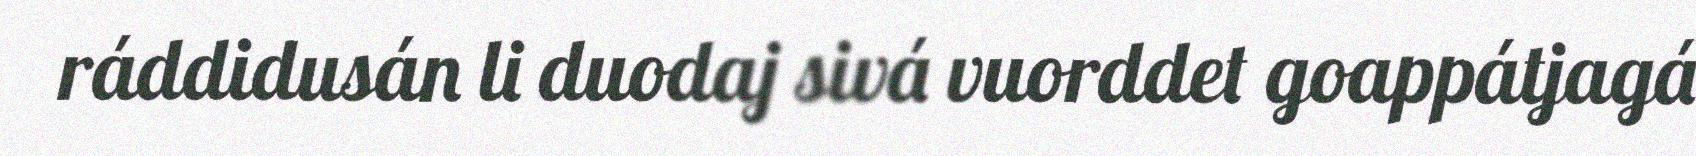
ráddidusán li duodaj sivá vuorddet goappátjagá